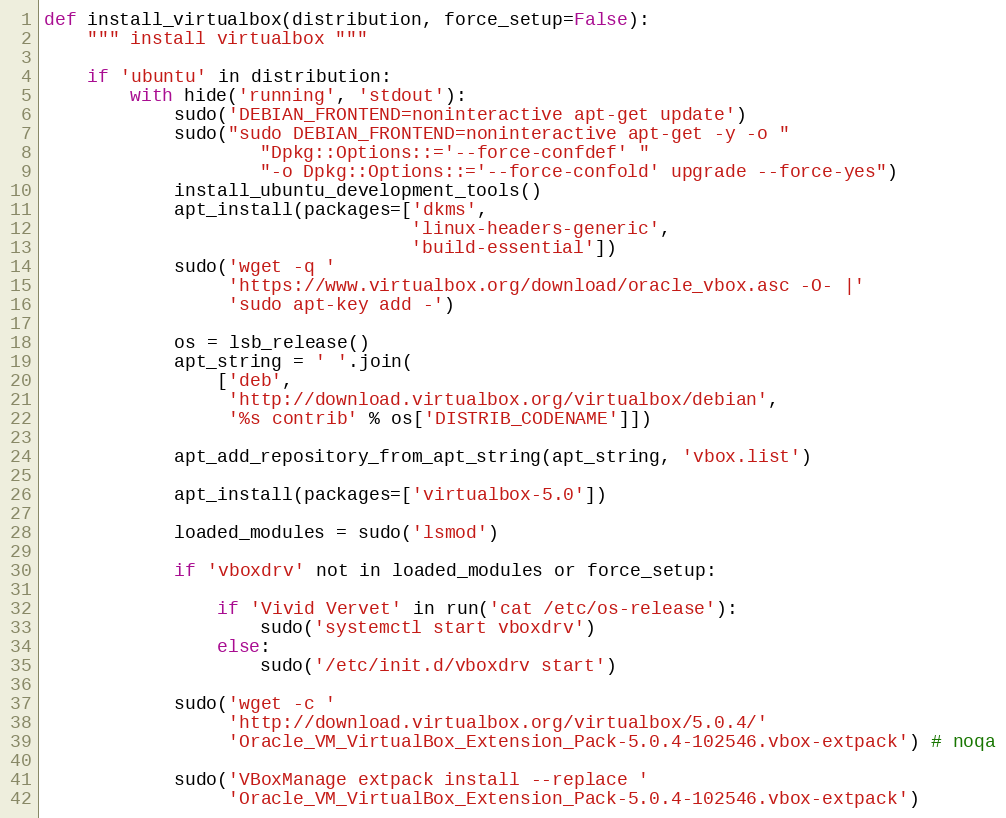
Language: Python
def install_virtualbox(distribution, force_setup=False):
    """ install virtualbox """

    if 'ubuntu' in distribution:
        with hide('running', 'stdout'):
            sudo('DEBIAN_FRONTEND=noninteractive apt-get update')
            sudo("sudo DEBIAN_FRONTEND=noninteractive apt-get -y -o "
                    "Dpkg::Options::='--force-confdef' "
                    "-o Dpkg::Options::='--force-confold' upgrade --force-yes")
            install_ubuntu_development_tools()
            apt_install(packages=['dkms',
                                  'linux-headers-generic',
                                  'build-essential'])
            sudo('wget -q '
                 'https://www.virtualbox.org/download/oracle_vbox.asc -O- |'
                 'sudo apt-key add -')

            os = lsb_release()
            apt_string = ' '.join(
                ['deb',
                 'http://download.virtualbox.org/virtualbox/debian',
                 '%s contrib' % os['DISTRIB_CODENAME']])

            apt_add_repository_from_apt_string(apt_string, 'vbox.list')

            apt_install(packages=['virtualbox-5.0'])

            loaded_modules = sudo('lsmod')

            if 'vboxdrv' not in loaded_modules or force_setup:

                if 'Vivid Vervet' in run('cat /etc/os-release'):
                    sudo('systemctl start vboxdrv')
                else:
                    sudo('/etc/init.d/vboxdrv start')

            sudo('wget -c '
                 'http://download.virtualbox.org/virtualbox/5.0.4/'
                 'Oracle_VM_VirtualBox_Extension_Pack-5.0.4-102546.vbox-extpack') # noqa

            sudo('VBoxManage extpack install --replace '
                 'Oracle_VM_VirtualBox_Extension_Pack-5.0.4-102546.vbox-extpack')